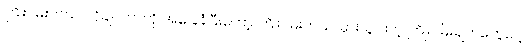
ကြိုးပမ်းတယ်၊ လိုချင်တာကို အခြေခံပြီးတော့ ကြိုးပမ်းတယ်၊ မှားယွင်းတဲ့ ကြိုးပမ်းချက်တွေပေါ့။